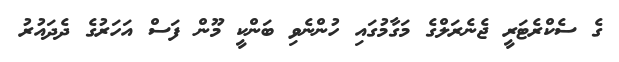
ގެ ސެކްރެޓަރީ ޖެނެރަލްގެ މަގާމުގައި ހުންނެވި ބަންކީ މޫން ފަސް އަހަރުގެ ދެދައުރު